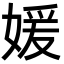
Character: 媛